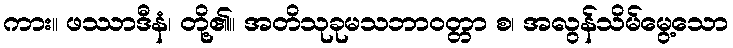
ကား။ ဖဿာဒီနံ၊ တို့၏။ အတိသုခုမသဘာဝတ္တာ စ၊ အလွန်သိမ်မွေ့သော